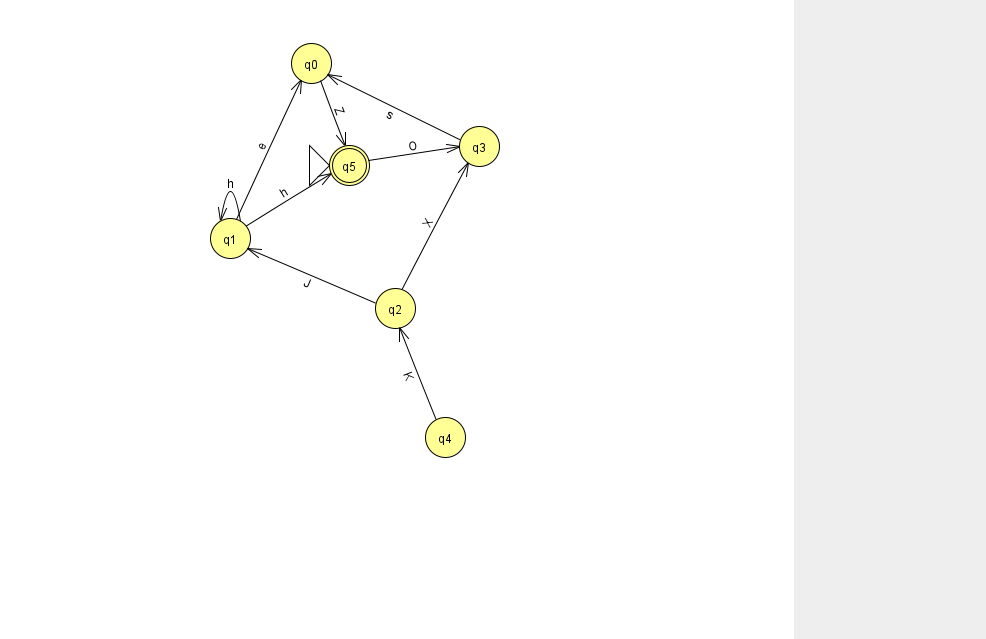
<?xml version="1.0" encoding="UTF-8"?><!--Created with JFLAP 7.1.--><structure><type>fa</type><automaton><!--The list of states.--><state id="0" name="q0"><x>311.0</x><y>50.0</y></state><state id="1" name="q1"><x>230.0</x><y>225.0</y></state><state id="2" name="q2"><x>395.0</x><y>295.0</y></state><state id="3" name="q3"><x>479.0</x><y>133.0</y></state><state id="4" name="q4"><x>445.0</x><y>424.0</y></state><state id="5" name="q5"><x>349.0</x><y>152.0</y><initial/><final/></state><!--The list of transitions.--><transition><from>1</from><to>5</to><read>h</read></transition><transition><from>2</from><to>3</to><read>X</read></transition><transition><from>3</from><to>0</to><read>s</read></transition><transition><from>0</from><to>5</to><read>Z</read></transition><transition><from>1</from><to>1</to><read>h</read></transition><transition><from>2</from><to>1</to><read>J</read></transition><transition><from>5</from><to>3</to><read>O</read></transition><transition><from>4</from><to>2</to><read>K</read></transition><transition><from>1</from><to>0</to><read>e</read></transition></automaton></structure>